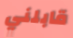
قابلني